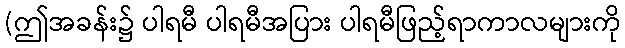
(ဤအခန်း၌ ပါရမီ ပါရမီအပြား ပါရမီဖြည့်ရာကာလများကို